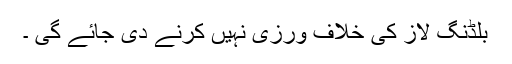
بلڈنگ لاز کی خلاف ورزی نہیں کرنے دی جائے گی ۔